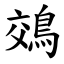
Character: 鵁